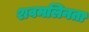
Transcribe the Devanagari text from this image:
शवमलिनता